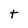
Character: t